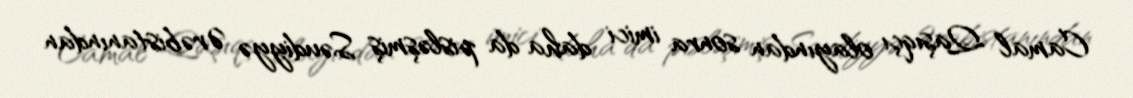
Camal Qaşıqçı olayından sonra imici daha da pisləşmiş Səudiyyə Ərəbistanından